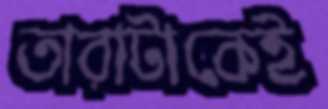
তারাটাকেই